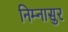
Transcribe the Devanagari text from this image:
निम्नासुर